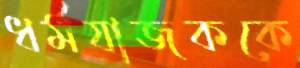
ধর্মযাজককে